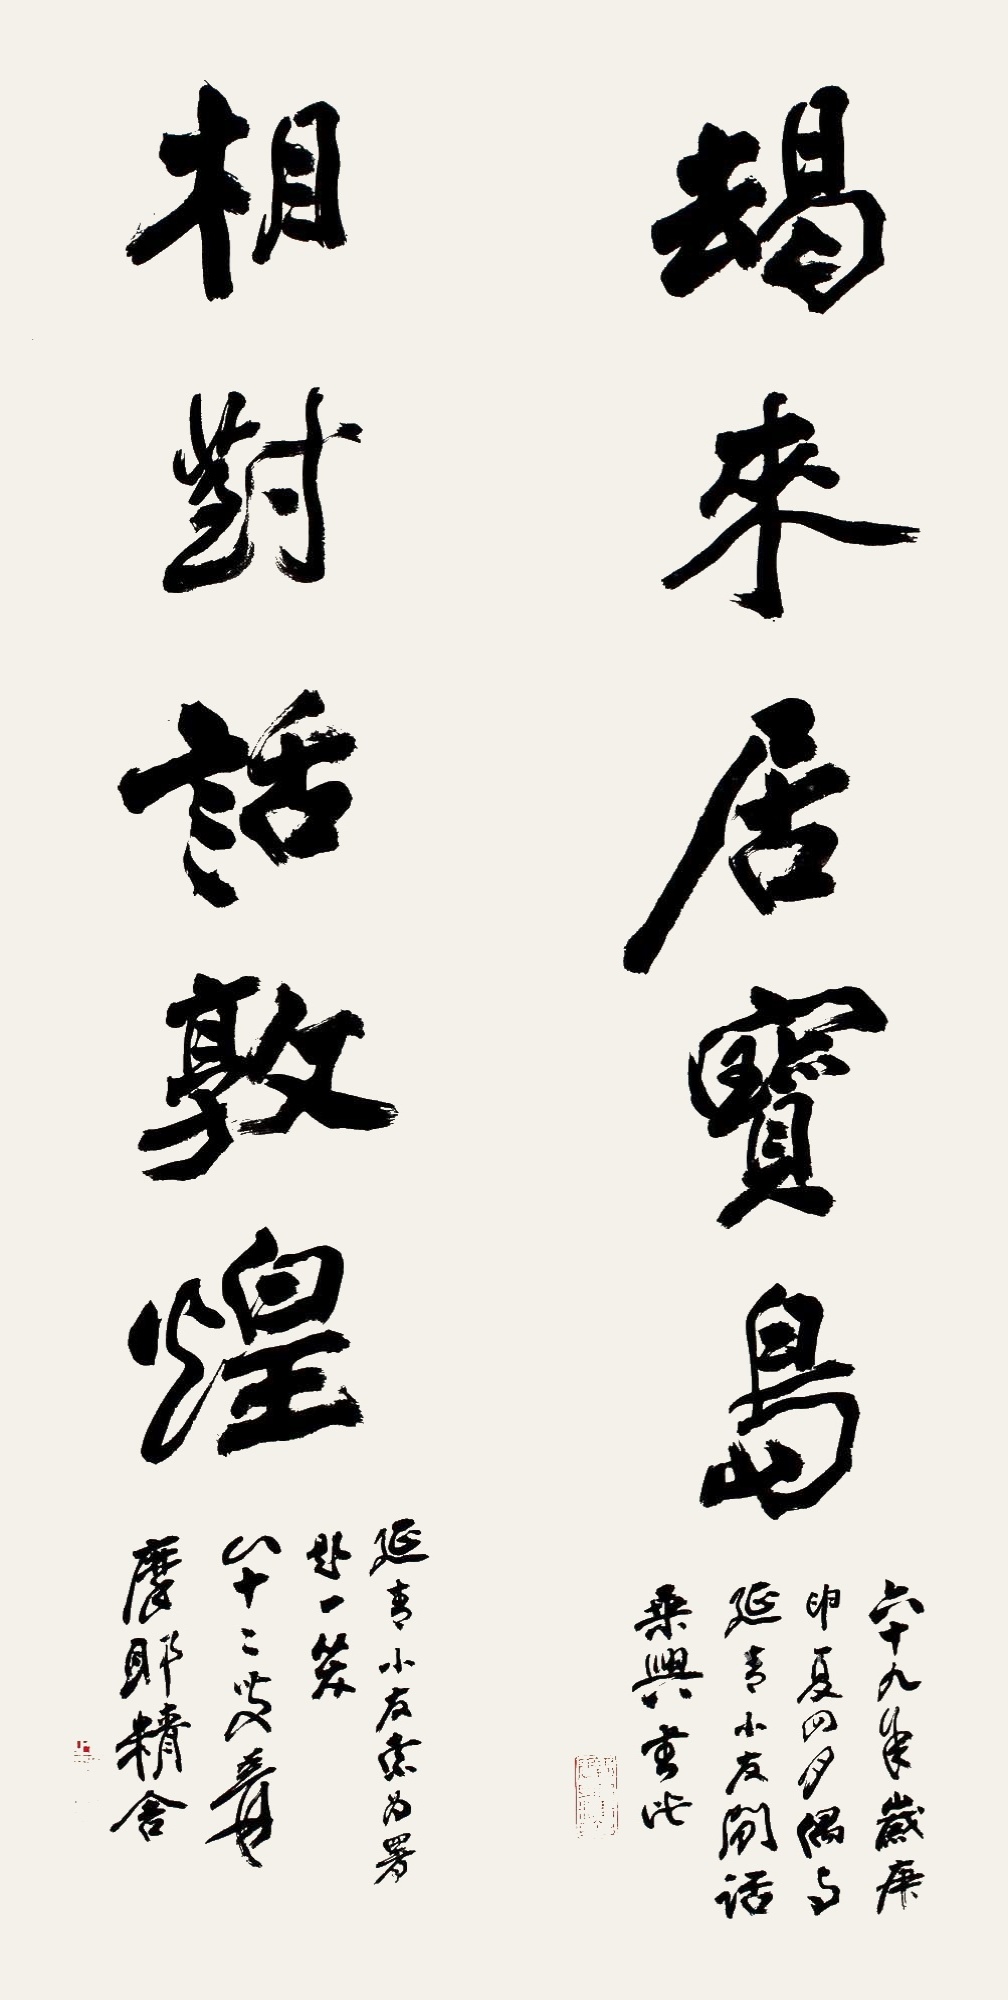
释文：竭来居宝岛，相对话敦煌。六十九年岁庚申四月，偶与延青小友闲话，乘兴书此。延青小友索为署题一笑，八十二叟爰，摩耶精舍。